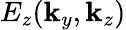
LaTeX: E_{z}(\mathbf{k}_{y},\mathbf{k}_{z})